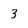
Character: 3